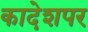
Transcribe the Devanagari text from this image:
कादेशपर